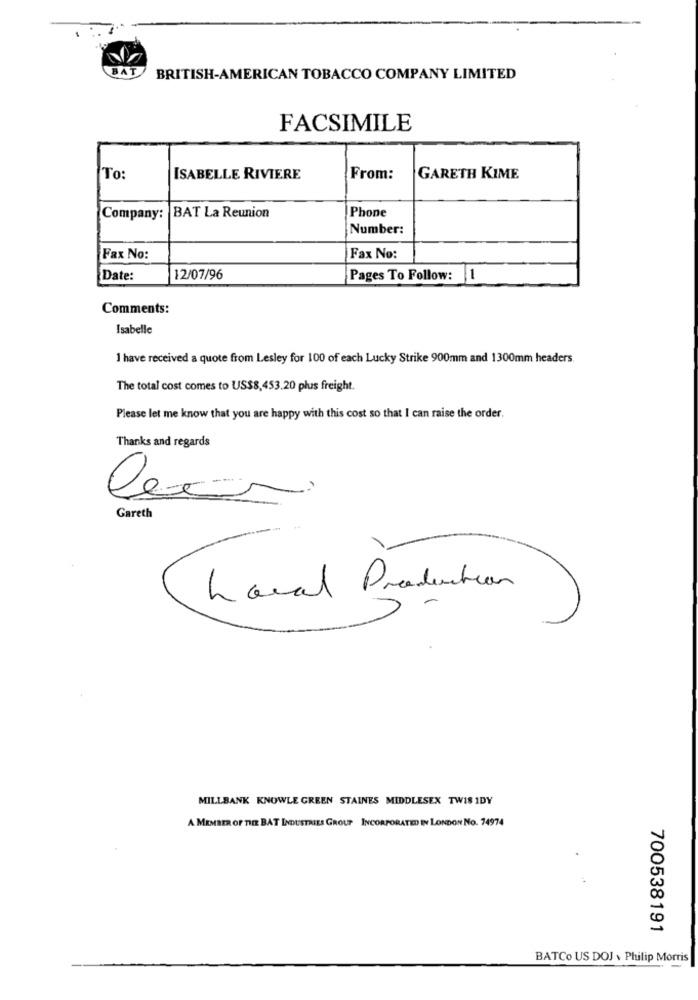
BAT
BRITISH-AMERICAN TOBACCO COMPANY LIMITED
FACSIMILE
To:
ISABELLE RIVIERE
From:
GARETH KIME
Phone
Company:
BAT La Reunion
Number:
Fax No:
Fax No:
Date:
12/07/96
Pages To Follow: 1
Comments:
Isabelle
I have received a quote from Lesley for 100 of each Lucky Strike 900mm and 1300mm headers.
The total cost comes to US$8,453.20 plus freight.
Please let me know that you are happy with this cost so that I can raise the order.
Thanks and regards
Gareth
Local Production
MILLBANK KNOWLE GREEN STAINES MIDDLESEX TWIS IDY
A MEMBER OF THE BAT INDUSTRIES GROUP INCORPORATED IN LONDON No. 74974
700538191
BATCo US DOJ \ Philip Morris